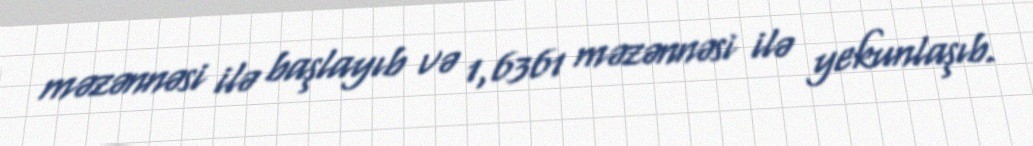
məzənnəsi ilə başlayıb və 1,6361 məzənnəsi ilə yekunlaşıb.